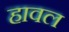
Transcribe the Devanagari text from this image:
हावल